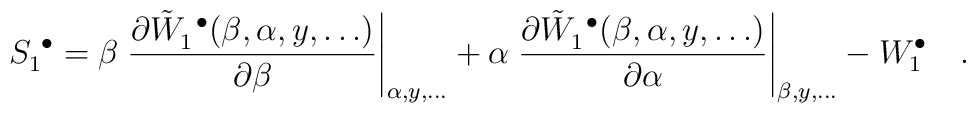
S^{~\bullet}_1=\beta\left.	{\partial{\tilde{W}_1^{~\bullet}(\beta,\alpha,y,\ldots)}\over\partial\beta}\right|_{\alpha,y,\ldots}+\alpha\left. {\partial{\tilde{W}_1^{~\bullet}(\beta,\alpha,y,\ldots)}\over \partial\alpha}\right|_{\beta,y,\ldots}-W_1^{\bullet}~~~.